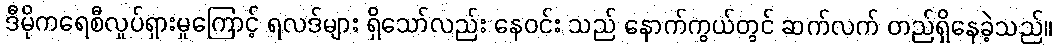
ဒီမိုကရေစီလှုပ်ရှားမှုကြောင့် ရလဒ်များ ရှိသော်လည်း နေဝင်း သည် နောက်ကွယ်တွင် ဆက်လက် တည်ရှိနေခဲ့သည်။